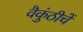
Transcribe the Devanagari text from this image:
वैकुंठीचें